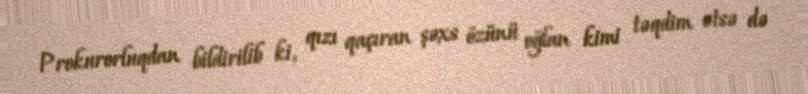
Prokurorluqdan bildirilib ki, qızı qaçıran şəxs özünü oğlan kimi təqdim etsə də